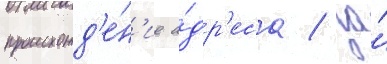
происхожд'е́н'ие а́др'еса / за́